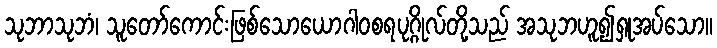
သုဘာသုဘံ၊ သူတော်ကောင်းဖြစ်သောယောဂါဝစရပုဂ္ဂိုလ်တို့သည် အသုဘဟူ၍ရှုအပ်သော။